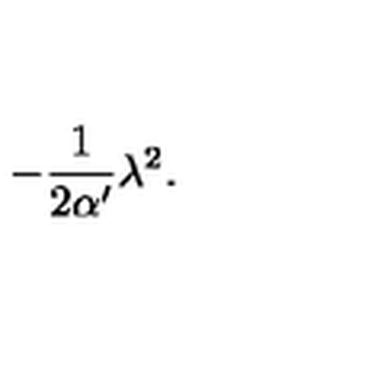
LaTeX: - \frac { 1 } { 2 \alpha ^ { \prime } } \lambda ^ { 2 } .